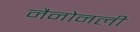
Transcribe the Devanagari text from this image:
नैनोनली